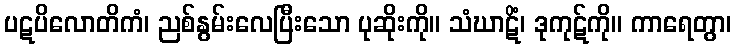
ပဋပိလောတိကံ၊ ညစ်နွမ်းလေပြီးသော ပုဆိုးကို။ သံဃာဋိံ၊ ဒုကုဋ်ကို။ ကာရေတွာ၊